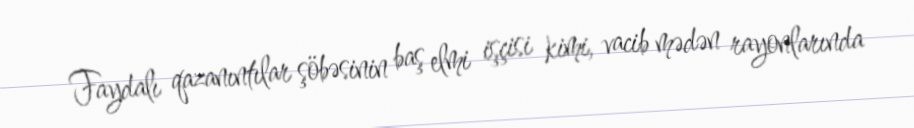
Faydalı qazanıntılar şöbəsinin baş elmi işçisi kimi, vacib mədən rayonlarında